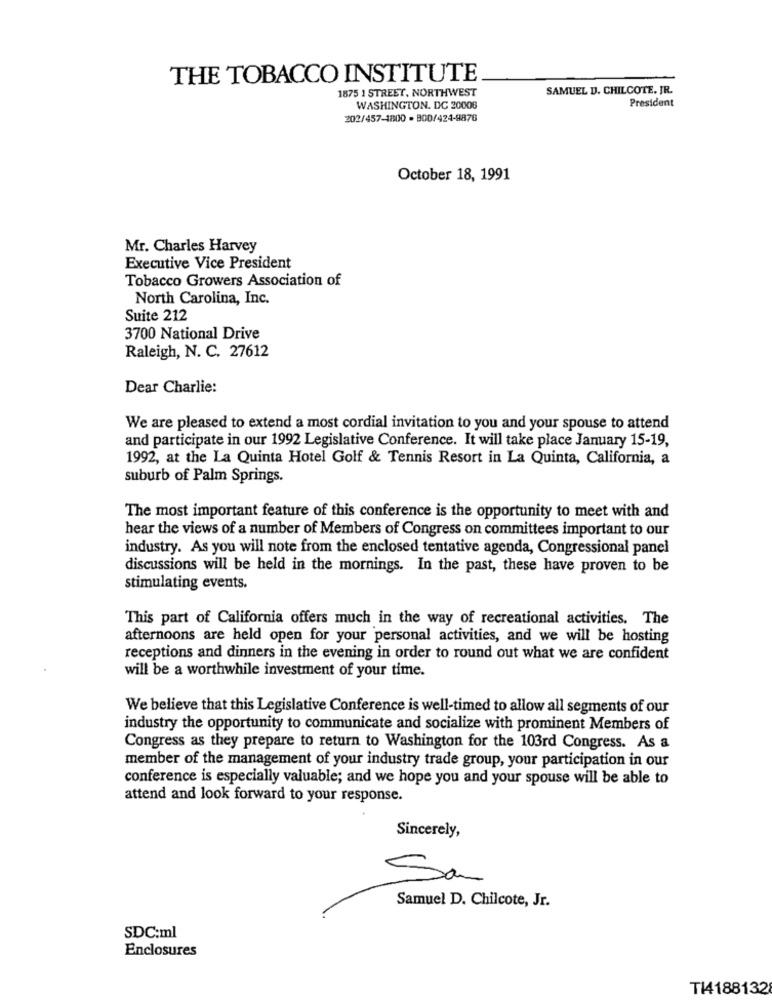
THE TOBACCO INSTITUTE
1875 1 STREET, NORTHWEST
SAMUEL D. CHILCOTE. JR.
President
WASHINGTON. DG 20008
202/457-1800 - 800/424-9876
October 18, 1991
Mr. Charles Harvey
Executive Vice President
Tobacco Growers Association of
North Carolina, Inc.
Suite 212
3700 National Drive
Raleigh, N. C. 27612
Dear Charlie:
We are pleased to extend a most cordial invitation to you and your spouse to attend
and participate in our 1992 Legislative Conference. It will take place January 15-19,
1992, at the La Quinta Hotel Golf & Tennis Resort in La Quinta, California, a
suburb of Palm Springs.
The most important feature of this conference is the opportunity to meet with and
hear the views of a number of Members of Congress on committees important to our
industry. As you will note from the enclosed tentative agenda, Congressional panel
discussions will be held in the mornings. In the past, these have proven to be
stimulating events.
This part of California offers much in the way of recreational activities. The
afternoons are held open for your personal activities, and we will be hosting
receptions and dinners in the evening in order to round out what we are confident
will be a worthwhile investment of your time.
We believe that this Legislative Conference is well-timed to allow all segments of our
industry the opportunity to communicate and socialize with prominent Members of
Congress as they prepare to return to Washington for the 103rd Congress. As a
member of the management of your industry trade group, your participation in our
conference is especially valuable; and we hope you and your spouse will be able to
attend and look forward to your response.
Sincerely,
San
Samuel D. Chilcote, Jr.
SDC:ml
Enclosures
T14188132